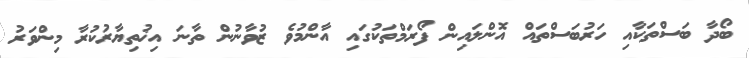
ބޯދާ ބަސްތަކާއި ހަރުބަސްތައް އޮންލައިން ފޯރަމްތަކުގައި އާންމުވެ ޒުވާނުން ތާނަ އިޚުތިޔާރުކުރާ މިންވަރު